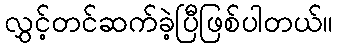
လွှင့်တင်ဆက်ခဲ့ပြီဖြစ်ပါတယ်။